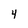
Character: 4